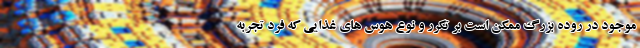
موجود در روده بزرگ ممکن است بر تکرر و نوع هوس های غذایی که فرد تجربه